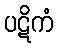
ပဋိကံ